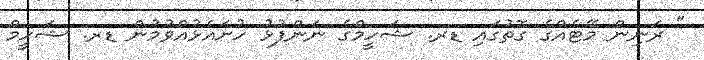
" ރަނިން މޭޓެއްގެ ގޮތުގައި ޑރ. ޝަހީމްގެ ނަންފުޅު ހުށައެޅުއްވުމުން ޑރ. ޝަހީމް